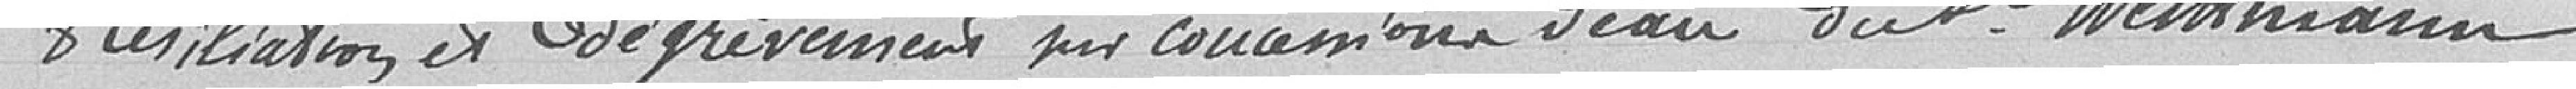
résiliation et dégrèvement pour concession d'eau de Monsieur Wellmann